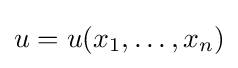
u=u(x_{1},\dots ,x_{n})